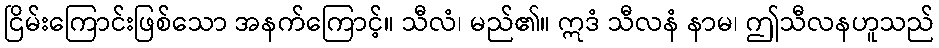
ငြိမ်းကြောင်းဖြစ်သော အနက်ကြောင့်။ သီလံ၊ မည်၏။ ဣဒံ သီလနံ နာမ၊ ဤသီလနဟူသည်